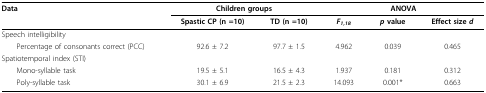
<table><thead><tr><td><b>Data</b></td><td colspan="2"><b>Children groups</b></td><td colspan="3"><b>ANOVA</b></td></tr><tr><td></td><td><b>Spastic CP (n =10)</b></td><td><b>TD (n =10)</b></td><td><b><i>F</i><sub><i>1,18</i></sub></b></td><td><b><i>p </i>value</b></td><td><b>Effect size <i>d</i></b></td></tr></thead><tbody><tr><td>Speech intelligibility</td><td></td><td></td><td></td><td></td><td></td></tr><tr><td> Percentage of consonants correct (PCC)</td><td>92.6 ± 7.2</td><td>97.7 ± 1.5</td><td>4.962</td><td>0.039</td><td>0.465</td></tr><tr><td>Spatiotemporal index (STI)</td><td></td><td></td><td></td><td></td><td></td></tr><tr><td> Mono-syllable task</td><td>19.5 ± 5.1</td><td>16.5 ± 4.3</td><td>1.937</td><td>0.181</td><td>0.312</td></tr><tr><td> Poly-syllable task</td><td>30.1 ± 6.9</td><td>21.5 ± 2.3</td><td>14.093</td><td>0.001*</td><td>0.663</td></tr></tbody></table>